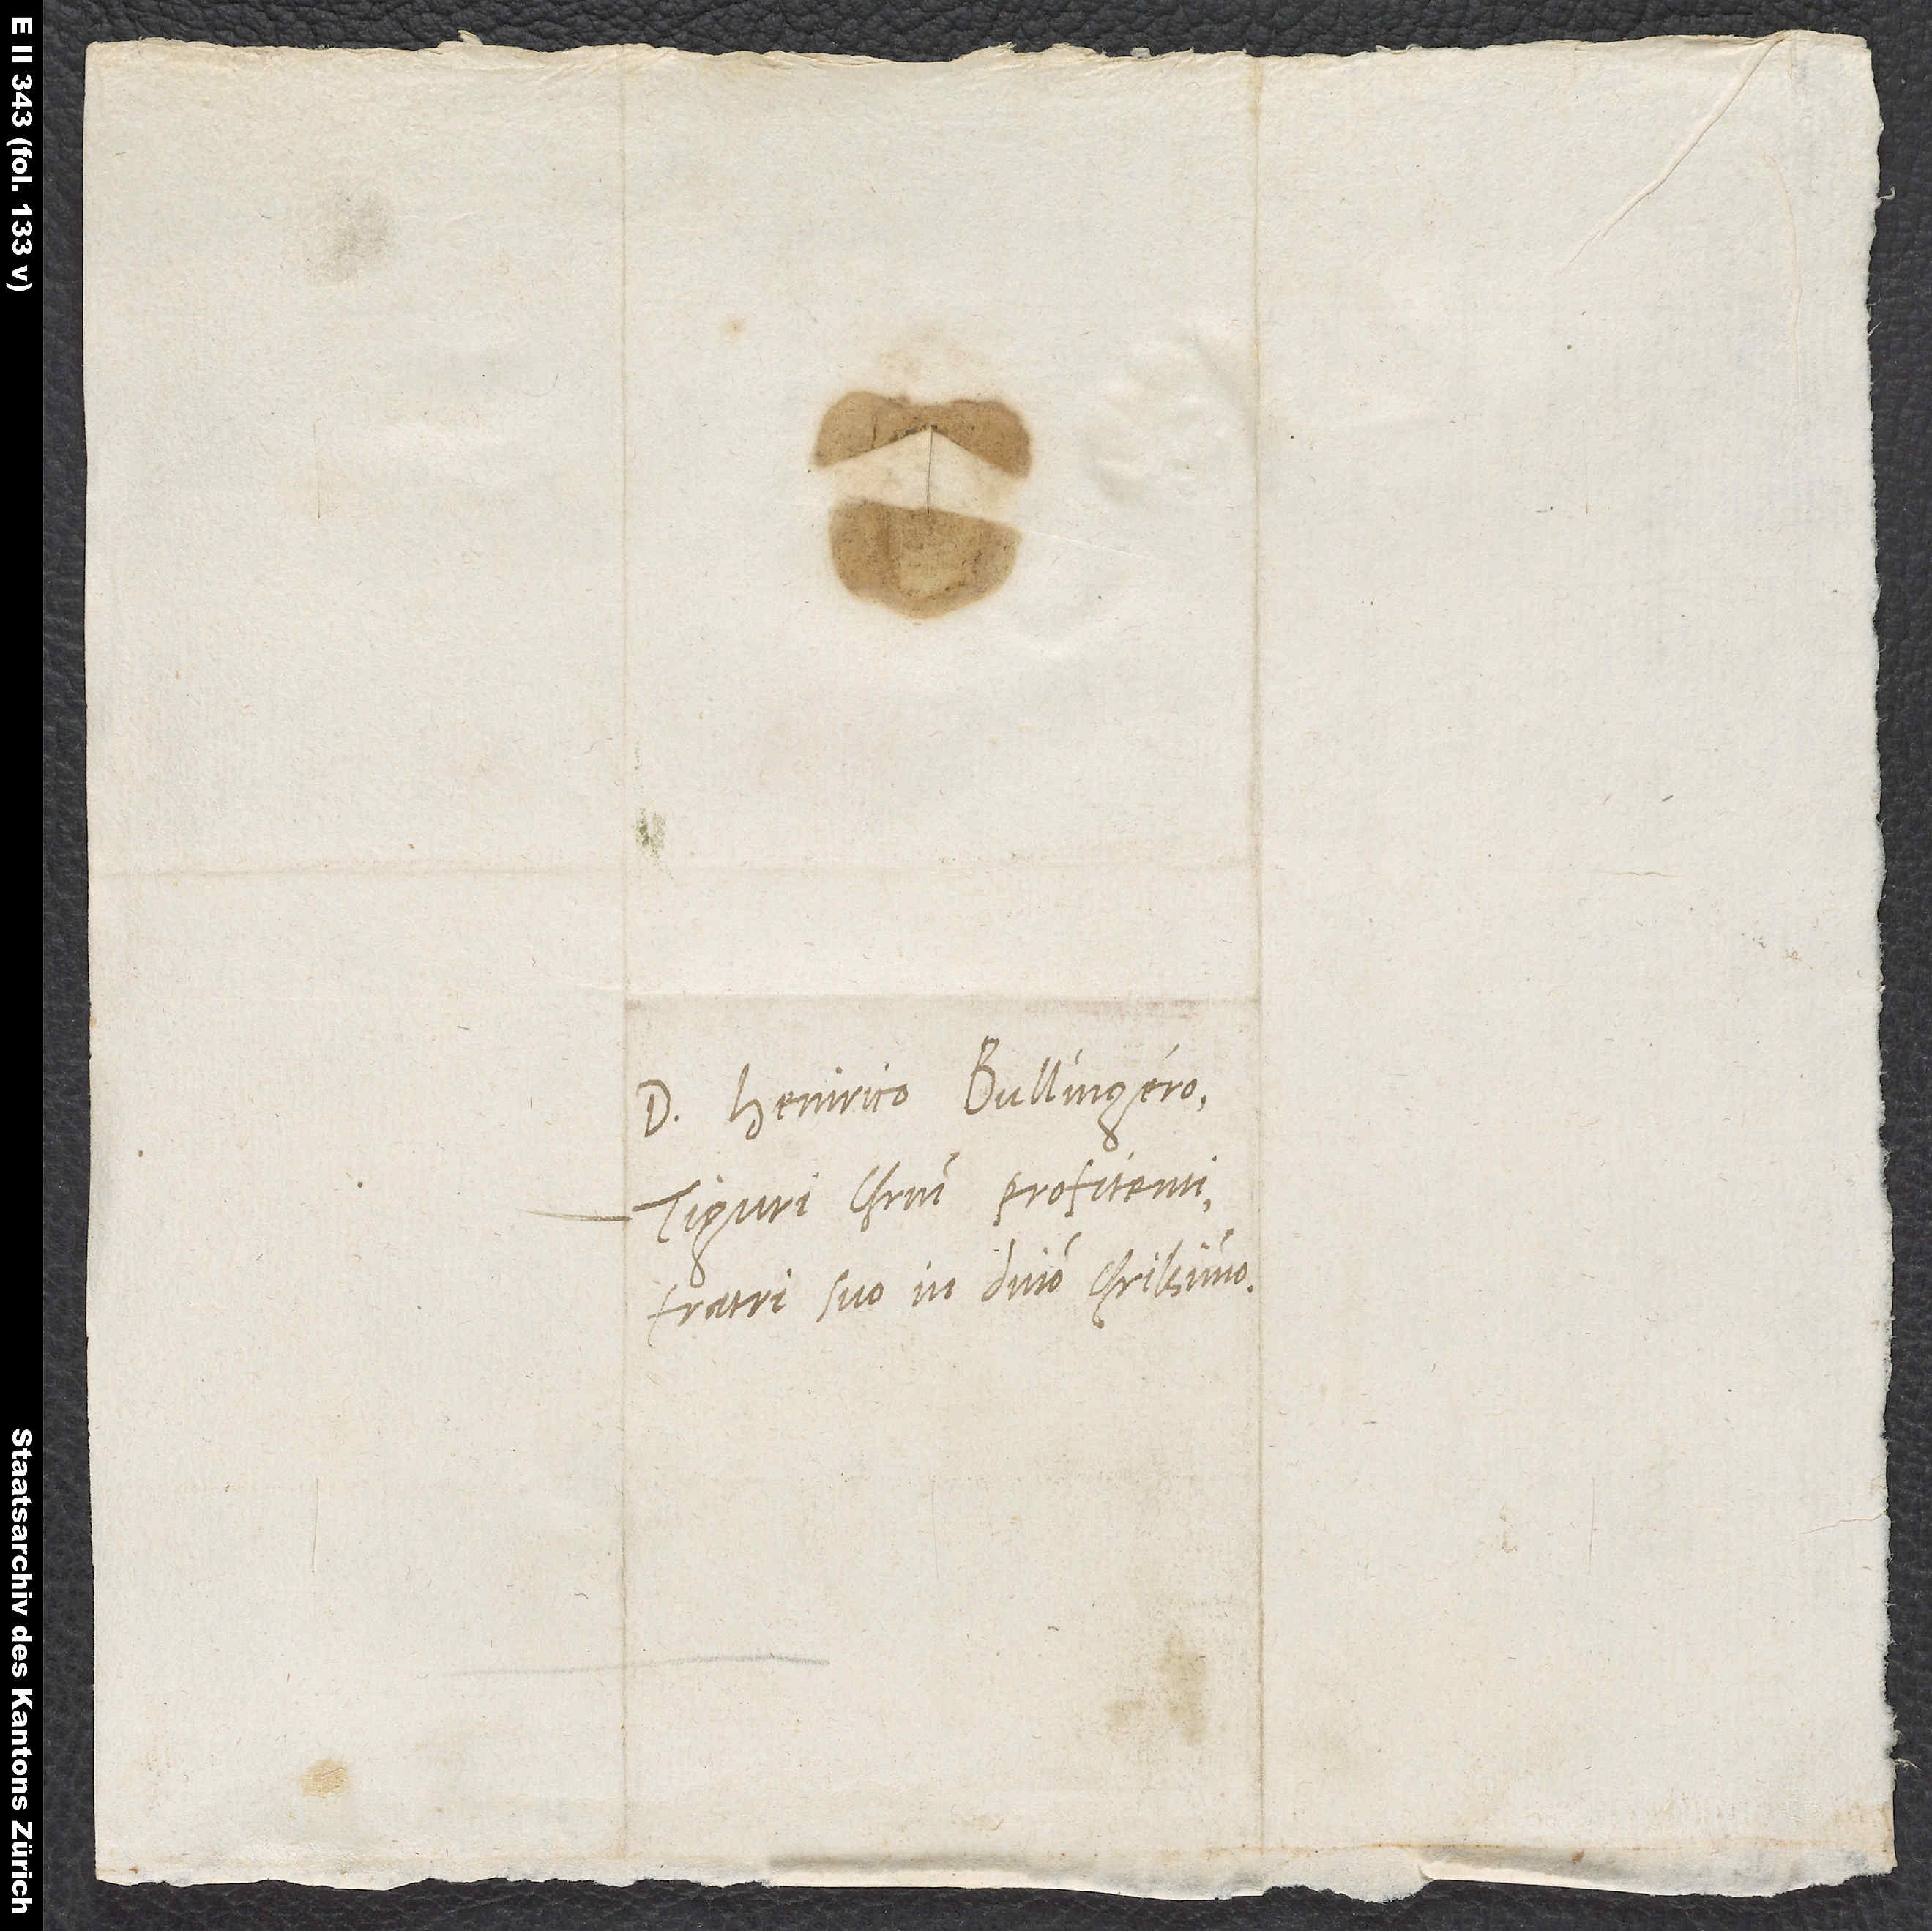
Domino Heinrico Bullingero,
Tiguri Christum profitenti,
fratri suo in domino charissmo.